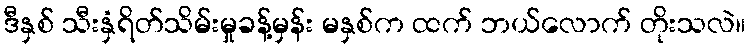
ဒီနှစ် သီးနှံရိတ်သိမ်းမှုခန့်မှန်း မနှစ်က ထက် ဘယ်လောက် တိုးသလဲ။